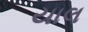
યાલ